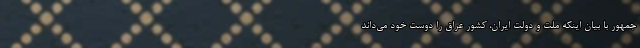
جمهور با بیان اینکه ملت و دولت ایران، کشور عراق را دوست خود می‌داند